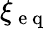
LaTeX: \xi_{\mathrm{~e~q~}}